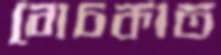
বোচকাত